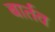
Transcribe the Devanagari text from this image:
बार्तव